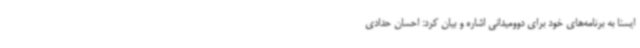
ایسنا به برنامه‌های خود برای دوومیدانی اشاره و بیان کرد: احسان حدادی